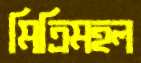
মিত্রিমহল